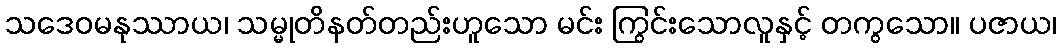
သဒေဝမနုဿာယ၊ သမ္မုတိနတ်တည်းဟူသော မင်း ကြွင်းသောလူနှင့် တကွသော။ ပဇာယ၊